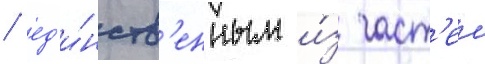
/ ед'и́нств'енным и́з част'еи